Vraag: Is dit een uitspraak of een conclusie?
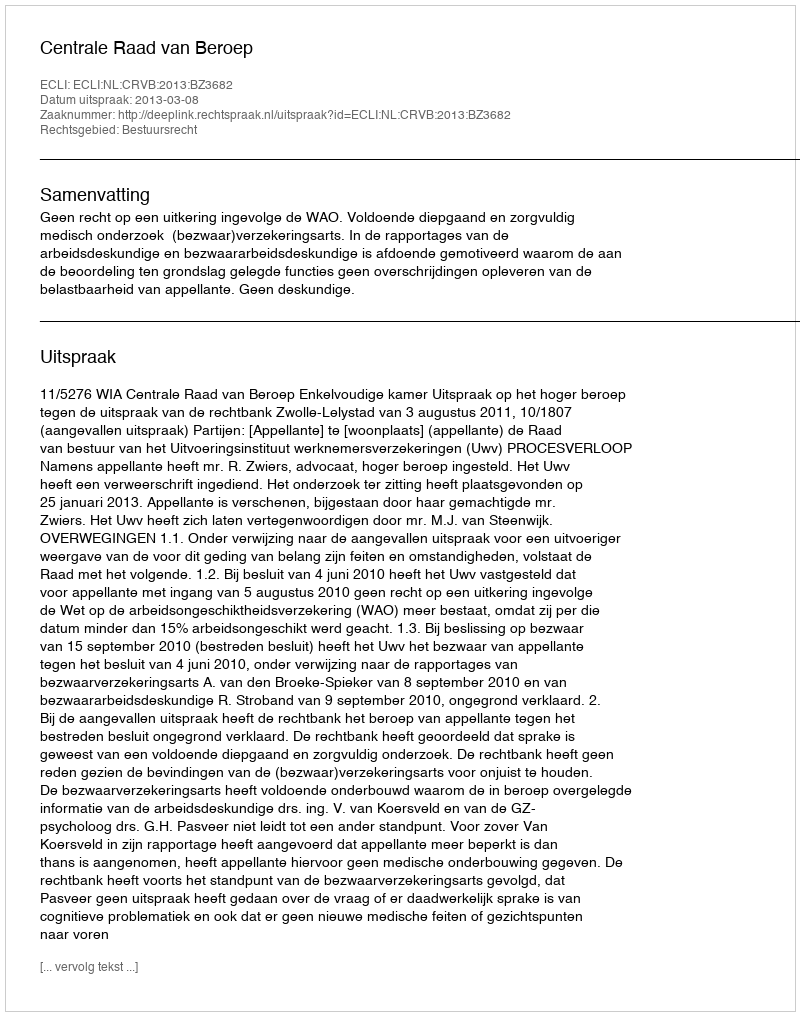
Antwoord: Uitspraak